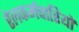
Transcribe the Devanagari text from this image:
रेलकर्मचारियों